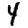
Digit: 4